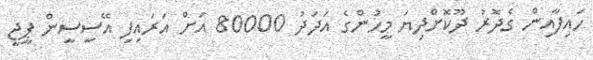
ހައިފާއިން ގެދޮރު ދޫކޮށްދިޔަ މީހުންގެ އަދަދު 80000 އަށް އަރައިފި އޭސީސީން ޕީޖީ